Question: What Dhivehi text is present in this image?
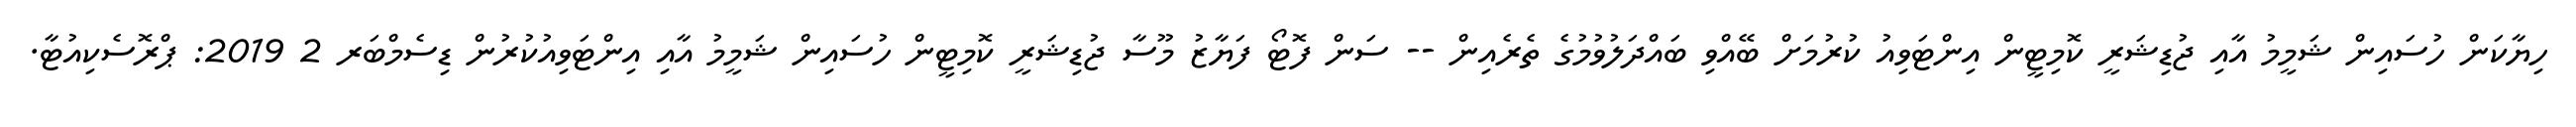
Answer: ހިޔާކަން ހުސައިން ޝަމީމު އާއި ޖުޑިޝަރީ ކޮމިޓީން އިންޓަވިއު ކުރުމަށް ބޭއްވި ބައްދަލުވުމުގެ ތެރެއިން -- ސަން ފޮޓޯ ފަޔާޒު މޫސާ ޖުޑިޝަރީ ކޮމިޓީން ހުސައިން ޝަމީމު އާއި އިންޓަވިއުކުރުން ޑިސެމްބަރ 2 2019: ޕްރޮސެކިއުޓާ.